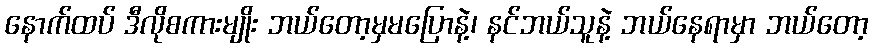
နောက်ထပ် ဒီလိုစကားမျိုး ဘယ်တော့မှမပြောနဲ့၊ နင်ဘယ်သူနဲ့ ဘယ်နေရာမှာ ဘယ်တော့